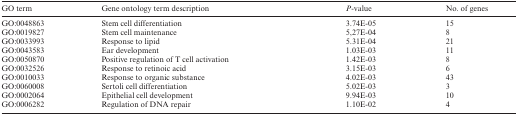
| GO term | Gene ontology term description | P-value | No. of genes |
 | --- | --- | --- | --- |
 | GO:0048863 | Stem cell differentiation | 3.74E-05 | 15 |
 | GO:0019827 | Stem cell maintenance | 5,27E-04 | 8 |
 | GO:0033993 | Response to lipid | 5.31E-04 | 21 |
 | GO:0043583 | Ear development | 1.03E-03 | 11 |
 | GO:0050870 | Positive regulation of T cell activation | 1.42E-03 | 8 |
 | GO:0032526 | Response to retinoic acid | 3.15E-03 | 6 |
 | GO:0010033 | Response to organic substance | 4.02E-03 | 43 |
 | GO:0060008 | Sertoli cell differentiation | 5.02E-03 | 3 |
 | GO:0002064 | Epithelial cell development | 9.94E-03 | 10 |
 | GO:0006282 | Regulation of DNA repair | 1.10E-02 | 4 |